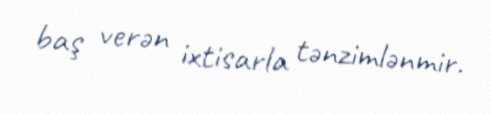
baş verən ixtisarla tənzimlənmir.